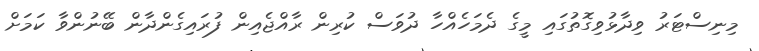
މިނިސްޓަރު ވިދާޅުވިގޮތުުގައި މީގެ ދެމަހެއްހާ ދުވަސް ކުރިން ރާއްޖެއިން ފުރައިގެންދާން ބޭނުންވާ ކަމަށް